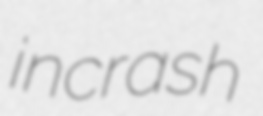
incrash